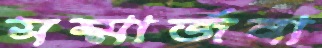
সম্মার্জনা